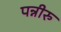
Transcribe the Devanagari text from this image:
पन्नीरु